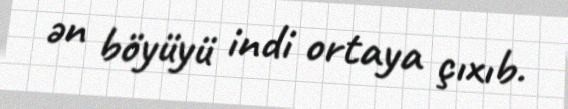
ən böyüyü indi ortaya çıxıb.